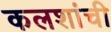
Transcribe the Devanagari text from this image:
कलशांची